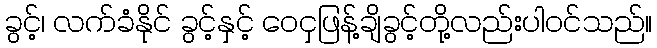
ခွင့်၊ လက်ခံနိုင် ခွင့်နှင့် ဝေငှဖြန့်ချိခွင့်တို့လည်းပါဝင်သည်။